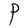
Character: P